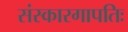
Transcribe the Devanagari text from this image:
संस्कारगापतिः